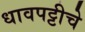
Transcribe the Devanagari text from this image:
धावपट्टीचे